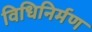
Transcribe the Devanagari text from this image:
विधिनिर्मण